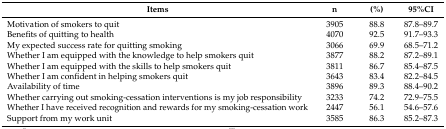
| Items | n | (%) | 95%CI |
 | --- | --- | --- | --- |
 | Motivation of smokers to quit | 3905 | 88.8 | 87.8–89.7 |
 | Benefits of quitting to health | 4070 | 92.5 | 91.7–93.3 |
 | My expected success rate for quitting smoking | 3066 | 69.9 | 68.5–71.2 |
 | Whether I am equipped with the knowledge to help smokers quit | 3877 | 88.2 | 87.2–89.1 |
 | Whether I am equipped with the skills to help smokers quit | 3811 | 86.7 | 85.4–87.5 |
 | Whether I am confident in helping smokers quit | 3643 | 83.4 | 82.2–84.5 |
 | Availability of time | 3896 | 89.3 | 88.4–90.2 |
 | Whether carrying out smoking-cessation interventions is my job responsibility | 3233 | 74.2 | 72.9–75.5 |
 | Whether I have received recognition and rewards for my smoking-cessation work | 2447 | 56.1 | 54.6–57.6 |
 | Support from my work unit | 3585 | 86.3 | 85.2–87.3 |